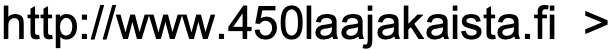
http://www.450laajakaista.fi >